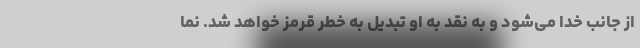
از جانب خدا می‌شود و به نقد به او تبدیل به خطر قرمز خواهد شد. نما